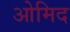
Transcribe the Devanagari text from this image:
ओमिद